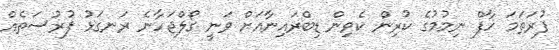
ފުރަތަމަ ހާފް ނިމުމުގެ ކުރިން ކެވިން ޑިބްރައިނާއަށް ވަނީ ގޯލްޖަހާނެ ރަނގަޅު ފުރުސަތެއް